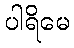
ပါရိမေ